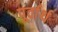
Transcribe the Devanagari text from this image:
पूर्वार्थ